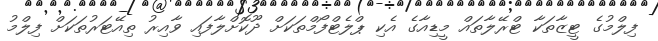
ފިލްމުގެ ޓީޒާތަކާ ޓްރޭލާތައް މީޑިއާގެ އެކި ޕްލެޓްފޯމްތަކަށް ދޫކޮށްލާފައި ވާއިރު ތިއޭޓަރުތަކަށް ފިލްމު